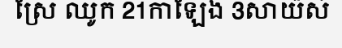
ស្រែ ឈូក 21កាឡែង 3សាយ៉ស់